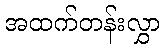
အထက်တန်းလွှာ